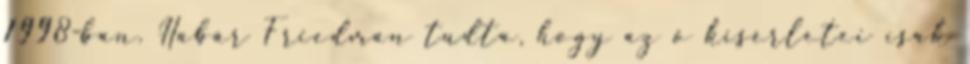
1998-ban. Habár Friedman tudta, hogy az ő kísérletei csak